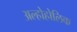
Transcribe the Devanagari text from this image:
अल्होहोलिक